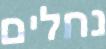
נחלים